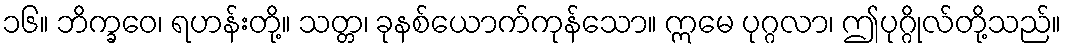
၁၆။ ဘိက္ခဝေ၊ ရဟန်းတို့။ သတ္တ၊ ခုနစ်ယောက်ကုန်သော။ ဣမေ ပုဂ္ဂလာ၊ ဤပုဂ္ဂိုလ်တို့သည်။